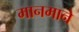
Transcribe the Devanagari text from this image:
मानमाने